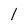
Character: 1